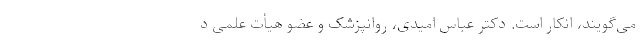
می‌گویند، انکار است. دکتر عباس امیدی، روانپزشک و عضو هیأت‌ علمی د